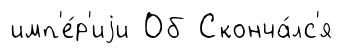
имп'е́р'иjи Об Сконча́лс'я